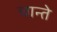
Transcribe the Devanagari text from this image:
चान्ते